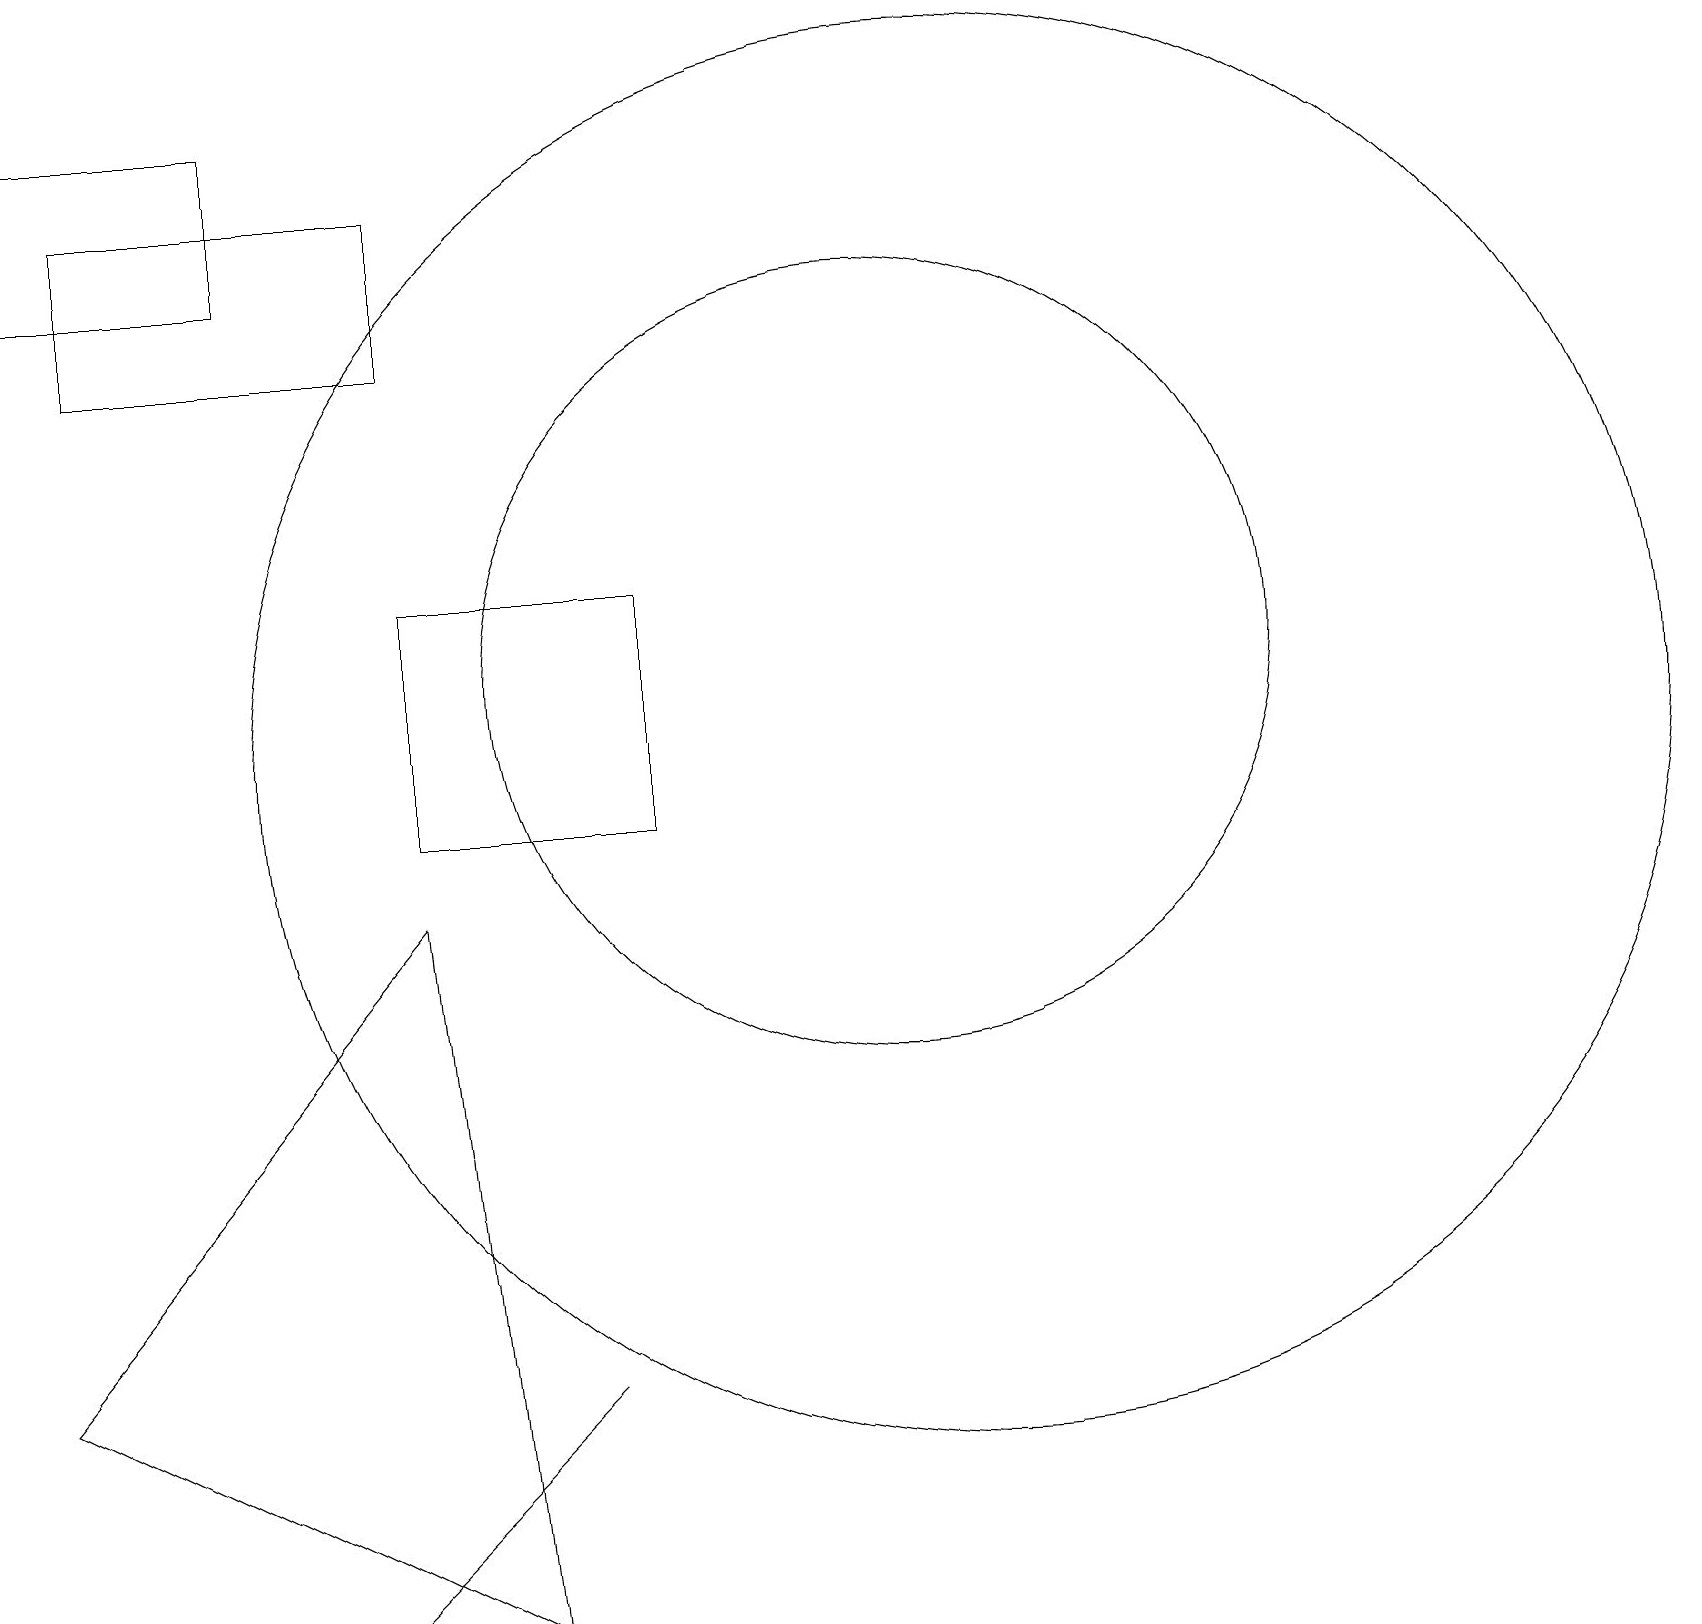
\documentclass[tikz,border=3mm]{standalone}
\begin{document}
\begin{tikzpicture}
\draw (6,0) -- (5,9) -- (0,3) -- cycle;
\draw (5,16) rectangle (1,18);
\draw (5,10) rectangle (8,13);
\draw (12,11) circle (9);
\draw (11,12) circle (5);
\draw (7,3) -- (4,0) -- (6,2) -- cycle;
\draw (3,19) rectangle (0,17);
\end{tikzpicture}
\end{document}